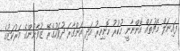
ފައިނަލް މެޗުތައް އޮންނާނީ ހުކުރު ހޮނިހިރު އަދި އަންގާރަ ދުވަހުގެރޭ ޒުވާނުންގެ މަރުކަޒުގެ